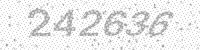
Solution: 242636